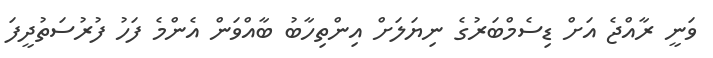
ވަނީ ރާއްޖެ އަށް ޑިސެމްބަރުގެ ނިޔަލަށް އިންތިހާބު ބާއްވަން އެންމެ ފަހު ފުރުސަތުދީފަ